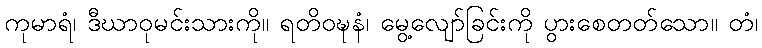
ကုမာရံ၊ ဒီဃာဝုမင်းသားကို။ ရတိဝဍ္ဎနံ၊ မွေ့လျော်ခြင်းကို ပွားစေတတ်သော။ တံ၊